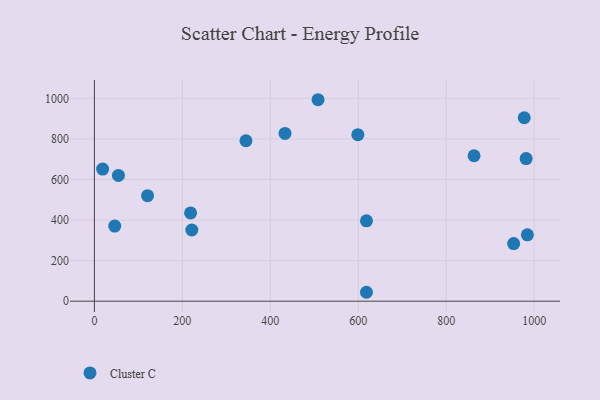
{"axis": {"x": "Price", "y": "Salary"}, "legend": ["Cluster C"], "data": [{"x": "120.9", "y": 520.2, "type": "Cluster C"}, {"x": "46.3", "y": 370.1, "type": "Cluster C"}, {"x": "618.6", "y": 396.2, "type": "Cluster C"}, {"x": "981.7", "y": 702.9, "type": "Cluster C"}, {"x": "863.2", "y": 716.9, "type": "Cluster C"}, {"x": "984.5", "y": 327.1, "type": "Cluster C"}, {"x": "618.6", "y": 44.0, "type": "Cluster C"}, {"x": "18.7", "y": 651.1, "type": "Cluster C"}, {"x": "977.4", "y": 904.3, "type": "Cluster C"}, {"x": "599.0", "y": 821.0, "type": "Cluster C"}, {"x": "54.6", "y": 620.1, "type": "Cluster C"}, {"x": "218.7", "y": 435.3, "type": "Cluster C"}, {"x": "433.4", "y": 827.2, "type": "Cluster C"}, {"x": "344.6", "y": 791.0, "type": "Cluster C"}, {"x": "508.5", "y": 993.1, "type": "Cluster C"}, {"x": "221.5", "y": 351.0, "type": "Cluster C"}, {"x": "953.3", "y": 284.1, "type": "Cluster C"}]}